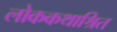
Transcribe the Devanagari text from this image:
लोककथाश्रित